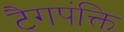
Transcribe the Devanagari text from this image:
टैगपंक्ति